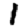
Digit: 1